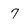
Character: 7